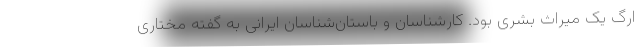
ارگ یک میراث بشری بود. کارشناسان و باستان‌شناسان ایرانی به گفته مختاری